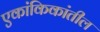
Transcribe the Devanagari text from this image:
एकांकिकांतील